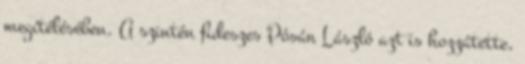
megítélésében. A szintén fideszes Pósán László azt is hozzátette,